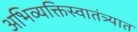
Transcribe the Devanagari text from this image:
अभिव्यक्तिस्वातंत्र्यात